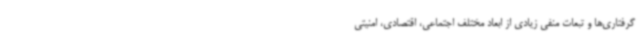
گرفتاری‌ها و تبعات منفی زیادی از ابعاد مختلف اجتماعی، اقتصادی، امنیتی